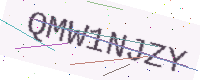
Text: QMW1NJZY